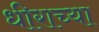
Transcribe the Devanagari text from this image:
धीराच्या